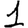
Digit: 1